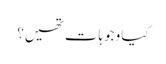
کیا وجوہات تھیں؟